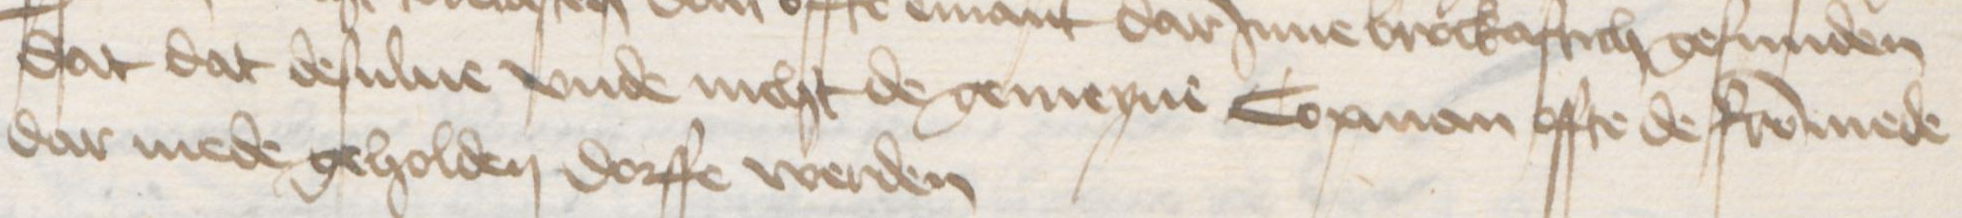
Transcription: dat dat desulue vnde nicht de gemeyne Copman offte de frommede